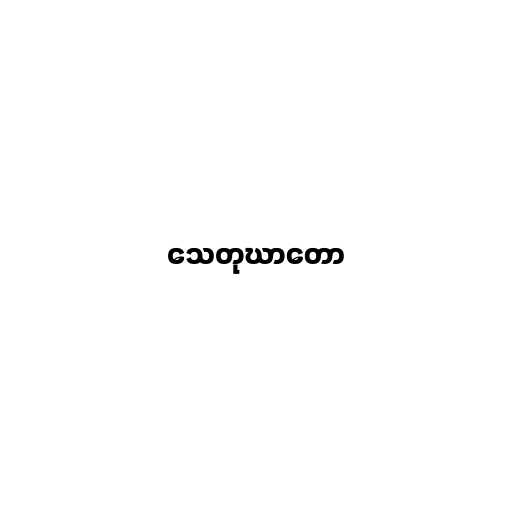
သေတုဃာတော